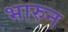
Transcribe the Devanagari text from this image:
भारुन